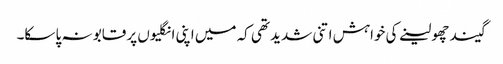
گیند چھو لینے کی خواہش اتنی شدید تھی کہ میں اپنی انگلیوں پر قابو نہ پا سکا۔